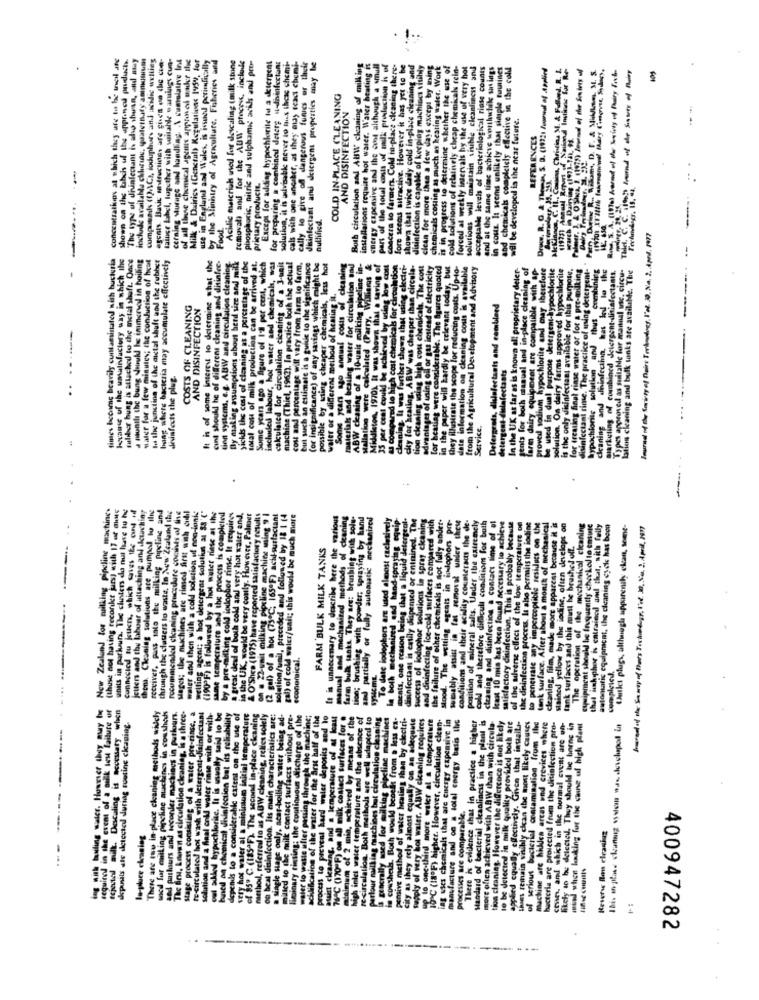
concentration at which they are to be trueil ate
shown on the bhchs uf the apprined pruduch.
"The type of Jhinfectant is also shean, atul may
compusads (1)/\Cs, loduphur, and acidic willies
agoals. Basic Mitruction are given in the con-
laluce label, together with witable warnings cun-
cerning surage and handling. \ cumulative Int
of all theeve chemical agente appainel maker ilse
Milk & Dairies (General) Regulations 195y, for
use in England and Wales, is issued periodically
by the Ministry of Agriculture, Fisheries and
Acidic materials used for descaling (milk stone
cals with one another, as they may seac chemi-
removal) and for the AUW' process, include
pisosphoric, nitric and sulphamit awils and pro-
Except for adding hypochlorile tu a detergent
for preparing a combined deterg s-disinfectant
solution, it is advisable never to thex these chemi-
cally to give of dangerous fumes or their
disinfectant and detergent properties may be
Both circulation and AUW cleaning of milking
installations require hot waser. Water heating in
energy expensive and the cost although a small
part of the total costs of milk production is of
concera to farmen, Cold in-place cleaning there-
fore seeoss sitractive. However it has yet to be
shown that twice daily cold in-place cleaning and
disinfection is capable of keeping machincs visibly
clean for more than a few days except by using
chemicals couing as much as keating water. Work
is in progress to determine whether the use of
cold solutions of relatively cheap chemicals rein-
forced al weekly intervals hy the use of very hot
solutions will maintain visible cleanliness and
acceptable levels of bacteriological rinse counts
and at the same time achieve worthwhile savings
in costs. It seems unlikely that simple toutines
and chemicals completely effective in the coll
Drwww. R. O. & Theyear, S. D. (19721 Journal of Applied
105
COLD IN PLACE CLEANING
AND DISINFECTION
will be developed is the near future.
REFERENCES
prietary producit.
nullified.
Food
-
times become bcarily contaminated with bucturia
because of the umalnfactory way in which the
tuliber bung is attached to the metal shaft. Once
a miunili the bung would be immervol in hoiling
Is the junction of the aital shaft and the rubber
bung shers bacicria may accumulate effectively
It is of some interest to determine what the
cint shoukl he of different cleaning and ditinfec.
By making assumptions about herd size and Milk
af the
total cost of milk production can be arrived at.
water for a few minutes; the conduction of hess
tien systems, e.g. ABW and circulation cleaning
yichis the cost of cleaning at a percentage of the
Some years ago a figure of 1'2 per cent, which
but such an estimate is a guille to the significance
(or insignificance) of any savings which might be
leaper chemicals, less hot
Mion sau
lated (Parry, Wiliams &
Middleton, 1970) It was shown that a saving of
Hol by using low cost
& compared to high cost chemicals for circulation
cleaning, la was further shown that using electri-
city for healing. ABW was cheaper than circula-
micah. The cott
advantages of uning off or gas instead of electricity
for heating were considerable. The figures quoted
in the paper will hardly be relevant today, but
they illustrate the scope for reducing costs. Up-to-
pto.
information on cleaning cous is available
from the Agricultural Development and Advisory
In the UK as far as is known all proprietary deler-
gents for both sianual and in-place cleaning of
proved sodium hypochlorine and may therefore
is the only disinfectant available for this purpose.
for treating final rinse water or for a pre-milking
disinfectant rime. The practice of using deterrent-
hypochionic solution and thus combining
cleaning and diinfection, has ked lo the
latlos cleaning and bulk tanks are available. The
marketing of combined detergent-disinfectants.
Des approved as suitable for manual use, circu-
be used in dual purpose detergent-hypoch
COSTS OF CLEANING
AND DISINFECTION
Circa
Defergrats, disinfectants and combined
----
tion cleaning iding high cou ch
or circulation
<1, 1962), In p
be schl
dairy farms a
detergent-dilafectants
..
disinfects the plug.
possible by using
tion Were
35 per cent could
ning and di
in du
Service.
.
.
.
New Zealand for milking pipeline machines
(thuse not having recorkt jurs) with 17 of auns
units in parkurs, The clusters du mat have to be
connected tu jeuers, which caves the cund iil
jeters and the labour of attaching and cwching
them. Cleaning solutions are pumpal lo llig
receiver, pas sato the milking pipeline and
Sages; the nuchines are rimsed first with call
through the clusters lo waste, In New Zealand the
rocummicaed cleaning procedure comits of the
water and then with a cold solution of non-ionic
welting agent; a hot detergent soluthus al $8 ("
(190"F-) is followed by a hot water riese at the
same temperature and the process is completed
-milking cold iodophor rinse. It requires
a great deal of both cold and very hot water and,
in the UK. would be very conly. However, Palmer
& O'Shea (1975) have reported satisfactory results
(2 gal) of a hot (73℃; 165ªF) achi-surfactani
solution/unil, preceded and followed by 18 1 14
gal) of cold water/ualt; this would be much more
It is unnecemary to dracribe here the various
manual codd mechanized methods of cleaning
farm bul tanks They are: brushing with solu-
sion; brushing with powder; spraying by hand
and partially or fully automatic mechanized
To date lodophors are used almost exclusively
ments, one reason being that a liquid detergeol.
disinfectant is entily dispensed or entnined. The
Success of lodophor solutions in spray ckanins
and dininfecting ice-cold surfaces compared wrich
the failure of other chemicals is not fully under-
Stood. The wetting egcats in inloghors prr-
wwmably assist in fat removal under thewe
cold and therefore difficult conditions for both
cleaning and disinfection a contact lime of al
Icant 10 mis has been found necessary to achieve
satisfactory disinfection. This is probably because
of the uilverse clieci of the low temperature of
the d'infection process. Is sho permiis the iodine
to penetrate any imperceptible residues on the
stained yellow by the iodine, often develops on
The operation of the mechanical cleaning
euipment should be Inquently checked to emile
that iuk phor is catraincd and that, with feily
wis equipment, the cleaning cycle has been
Outlet plugs, although upparenily ckan, some-
mechani
lank surfaces and this must be brushed il.
FARM BULK MILK TANKS
In both mechanized and hand-sprays
Pipelin
cleaning. film, made more ap
(2 sal) of a hot (75℃
by a pre-milk
economical.
automatic e
(thus
snits
Conny
tenk surf
New
ing with boiling water. Huwwser they muy be
required in the event of a mallik last failure of
tejestel milk. Descaling is necessary when
There are tou in-place ckaning methods whichy
wicd fur csiling pipchine machines in cousheds
and pashaurs and weconler machines in parkours.
The first, known as circulation cleaning, i a three.
stage process consisting of a water pre-rinse, a
te-circulated hot wash with detergentt-disinfectant
solution and a final cold water rinse with or with-
oul akd hypochlorite. It is usually said to be
based on chemical disinfection but its reliability
penis to a considerable extent on the use of
very hot water al a minimum initial temperature
of 85" C (185ªF). The second in-place cleaning
method, referred to as ABW cleaning, relies solely
on beal disinfection. Its main characteristics are:
a single stage only, acar-boiling water being ad-
mited to the milk contact surfaces without pre-
sim discharge of the
waler to waste ulter passing through the machine;
achlification of the water for the arst half of the
Process to prevent hard water deposits and lo
buit ckaning, and a temperature of at least
76ª℃ (170"F) on all milk contact surfaces for @
m'aimem of 2 min, achieved by means of the
high inlet water temperature and the absence of
a generally mied for milking pipeline machines
in cowsheus. Both would beoelt From a less cz-
pensive method of water heating shan by electri-
city as they rely almost equally on an adequate
Supply of very hot water. AllW ekening requires
up to one-third more water at a temperature
10 ℃ (18ºF) higher. However, circulation clean.
ing uses chemicals that are energy expensive in
manufacture and on a total coergy basis llc
cher
more olien achieved with ABW than with circula-
shoes remain visibly clean the most likely causes
skopunsils ate detected during routine ckaning.
ell adapted
There is evidence that in practice a higher
Mandard of bacterial cleanliness in the plant is
tion cleaning. However the differcoce is not likely
to be detected in milk quality provided both are
applied equally effectively. Given that install-
of serious bacterial contamination from the
machine are hhklen areas und crevices where
bacteria are proiecied from the ditinfection pro-
coun, and which in the normal event are on-
likely to be detected. They should be barne in
mind when lnuking for the caine of high plant
This un pla ckaruiz systems was deschopal Da
Parlour mailking machines but circulation clear
recirculation. Both methods are well ud
luminary rinsing; the continuoun dis
processes are comparable.
lu-pluce cleaning
Reverse Blon cleaniuz
and parhaut
dard of
There are
The Bry, L
There W
400947282